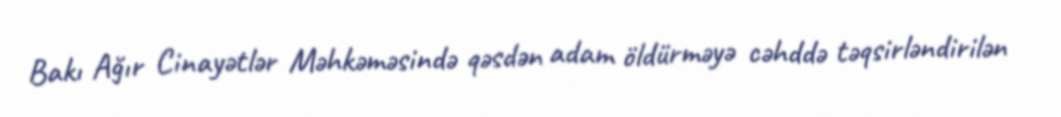
Bakı Ağır Cinayətlər Məhkəməsində qəsdən adam öldürməyə cəhddə təqsirləndirilən